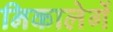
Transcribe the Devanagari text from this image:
निकालेगें